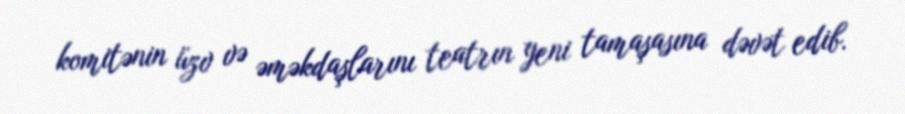
komitənin üzv və əməkdaşlarını teatrın yeni tamaşasına dəvət edib.